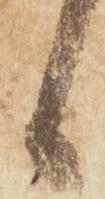
候